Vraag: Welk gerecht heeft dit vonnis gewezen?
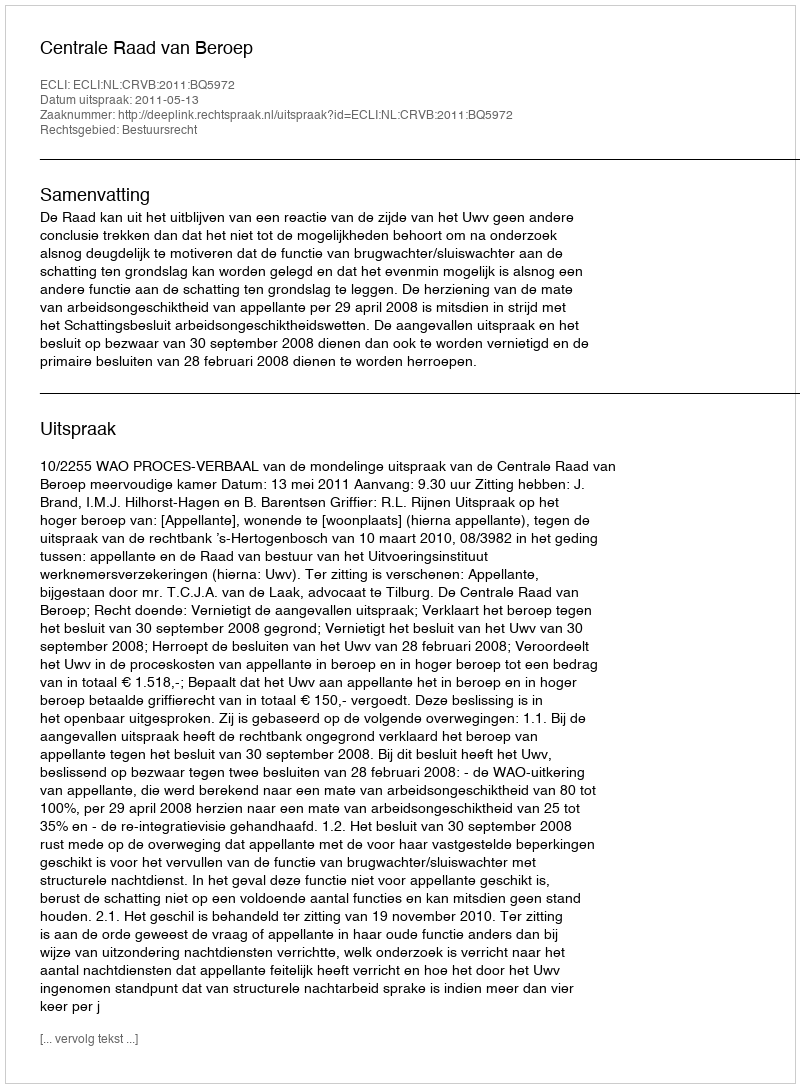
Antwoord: Centrale Raad van Beroep